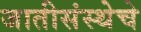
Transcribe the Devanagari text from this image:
जातीसंस्थेचे